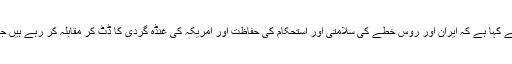
رشا ٹوڈے کو انٹرویو دیتے ہوئے ایران کے وزیردفاع بریگیڈیئر جنرل امیر حاتمی نے کہا ہے کہ ایران اور روس خطے کی سلامتی اور استحکام کی حفاظت اور امریکہ کی غنڈہ گردی کا ڈٹ کر مقابلہ کر رہے ہیں جس کی وجہ سے واشنگٹن نے تہران اور ماسکو کو اپنے حملوں کا نشانہ بنا رکھا ہے۔